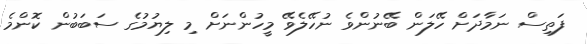
ފަތިސް ނަމާދަށް ހޭލަން ބޭނުންވެ ނުހޭލެވޭ މީހުންނަށް މި ލިޔުމުގެ ސަބަބުން ކޮންމެ